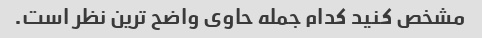
مشخص کنید کدام جمله حاوی واضح ترین نظر است.